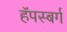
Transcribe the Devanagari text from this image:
हॅपस्बर्ग